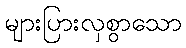
များပြားလှစွာသော